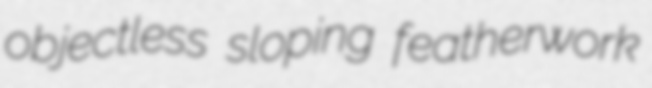
objectless sloping featherwork